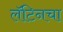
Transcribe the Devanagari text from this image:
लॅटिनचा